King Institute of Preventive Medicine Micro-Biological Section reports 1912-19
Year: 1912
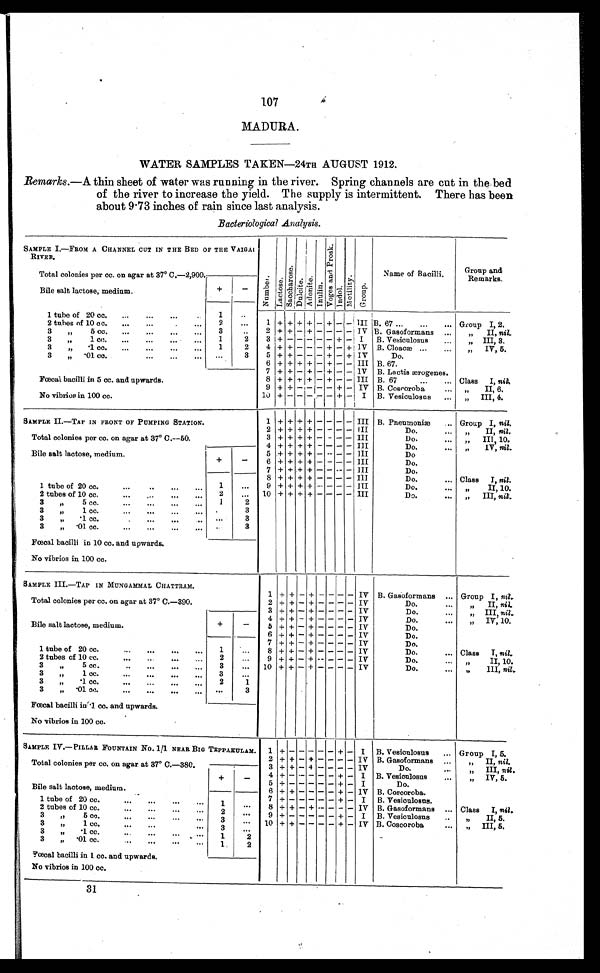
107
MADURA.
WATER SAMPLES TAKEN—24TH AUGUST 1912.
Remarks.— A thin sheet of water was running in the river. Spring channels are cut in the bed
of the river to increase the yield. The supply is intermittent. There has been
about 9.73 inches of rain since last analysis.
Bacteriological Analysis.
SAMPLE I.—FROM A CHANNEL CUT IN THE BED OF THE VAIGAI
RIVER.
Number.
L a c t o s e .
S a c c h a r o s e .
D u l c i t e .
A d o n i t e .
Inulin.
V o g e s a n d P r o s k .
Indol.
M o t i l i t y .
Group.
Name of Bacilli.
Group and
Remarks.
Total colonies per cc. on agar at 37° C.—2,900
Bile salt lactose, medium.
+
-
1 tube of 20 cc.
1
...
1 + + + + - + - - III B. 67
Group I, 2.
2 tubes of 10 cc.
2
...
2 + + - + - - - - IV B. Gasoformans
" II, nil.
3
"
5 cc.
3
...
3 + - - - - - + - I B. Vesiculosus
" III, 3.
3
" 1 cc.
1
2
4 + + - - - + - + IV B. Cloacæ
" IV, 5.
3
"
.1 cc.
1
2
5 + + - - - + - + IV
Do.
3
" .01 cc.
...
3
6 + + + + - + - - III B. 67.
Fœcal bacilli in 5 cc. and upwards.
7
+ + - + - + - - IV B. Lactis ærogenes.
8 + + + + - + - - III B. 67
Class I, nil.
9 + + - - - - + - IV B. Coscoroba
" II, 6.
No vibrios in 100 cc.
10 + - - - - - + - I B. Vesiculosus
" III, 4.
SAMPLE II.—TAP IN FRONT OF PUMPING STATION.
1 + + + + - - - - III B. Pneumoniæ
Group I, nil.
2 + + + + - - - - III
Do.
" II, nil.
Total colonies per cc. on agar at 37° C.—50.
3 + + + + - - - - III
Do.
" III, 10.
4 + + + + - - - - III
Do.
"
IV, nil.
Bile salt lactose, medium.
+
-
5 + + + + - - - - III
Do.
6 + + + + - - - - III
Do.
7 + + + + - - - - III
Do.
1 tube of 20 cc.
1
...
8 + + + + - - - - III
Do.
Class I, nil.
9 + + + + - - - - III
Do.
" II, 10.
10 + + + + - - - - III
Do.
" III, nil.
2 tubes of 10 cc.
2 ...
3
" 5 cc.
1
2
3
" 1 cc.
...
3
3
" .1 cc.
...
3
3
" .01 cc.
...
3
Fœcal bacilli in 10 cc. and upwards.
No vibrios in 100 cc.
SAMPLE III.—TAP IN MUNGAMMAL CHATTRAM.
1 + + - + - - - - IV B. Gasoformans
Group I, nil.
Total colonies per cc. on agar at 37° C.—390.
2 + + - + - - - - IV
Do.
" II, nil.
3
+ + - + - - - - IV
Do.
" III, nil.
Bile salt lactose, medium.
+
-
4 + + - + - - - - IV
Do.
" IV, 10.
5 + + - + - - - - IV
Do.
6 + + - + - - - - IV
Do.
1 tube of 20 cc.
1
...
7 + + - + - - - - IV
Do.
8 + + - + - - - - IV
Do.
Class I, nil.
2 tubes of 10 cc.
2
...
9 + + - + - - - - IV
Do.
" II, 10.
3
" 5 cc.
3
...
10 + + - + - - - - IV
Do.
"
III, nil.
3
"
1 cc.
3
...
3
" .1 cc.
2
1
3
" .01 cc.
...
3
Fœcal bacilli in .1 cc. and upwards.
No vibrios in 100 cc.
SAMPLE IV.—PILLAR FOUNTAIN No. 1/1 NEAR BIG TEPPAKULAM.
1
+ - - - - - + - I B. Vesiculosus
Group I, 5.
Total colonies per cc. on agar at 37° C.—380.
2 + + - + - - - - IV B. Gasoformans
" II, nil.
3 + + - + - - - - IV
Do.
" III, nil.
Bile salt lactose, medium.
+
-
4 + - - - - - + - I B. Vesiculosus
" IV, 5.
5 + - - - - - + - I
Do.
6 + + - - - - + - IV B. Coscoroba.
1 tube of 20 cc.
1
...
7 + - - - - - + - I B. Vesiculosus.
8 + + - + - - - - IV B. Gasoformans
Class I, nil.
2 tubes of 10 cc.
2
...
9 + - - - - - + - I B. Vesiculosus
"
II, 5.
3
" 5 cc.
3
...
10 + + - - - - + - IV B. Coscoroba
" III, 5.
3
" 1 cc.
3
...
3
" .1 cc.
1
2
3
" .01 cc.
1
2
Fœcal bacilli in 1 cc. and upwards.
No vibrios in 100 cc.
31